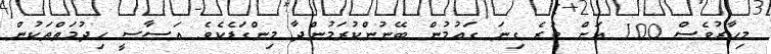
މިހާރުވެސް 100 އަށް ވުރެ ގިނަ ގައުމުން ބޭނުންކުރަމުންދާ މިންގަޑެކެވެ. އަސާސީ ހިދުމަތްތަކުން